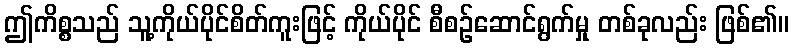
ဤကိစ္စသည် သူ့ကိုယ်ပိုင်စိတ်ကူးဖြင့် ကိုယ်ပိုင် စီစဉ်ဆောင်ရွက်မှု တစ်ခုလည်း ဖြစ်၏။